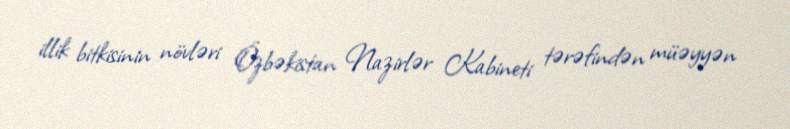
illik bitkisinin növləri Özbəkistan Nazirlər Kabineti tərəfindən müəyyən